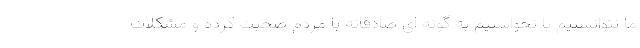
ما نتوانستیم یا نخواستیم به گونه ای صادقانه با مردم صحبت کرده و مشکلات